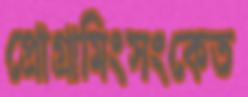
প্রোগ্রামিংসংকেত